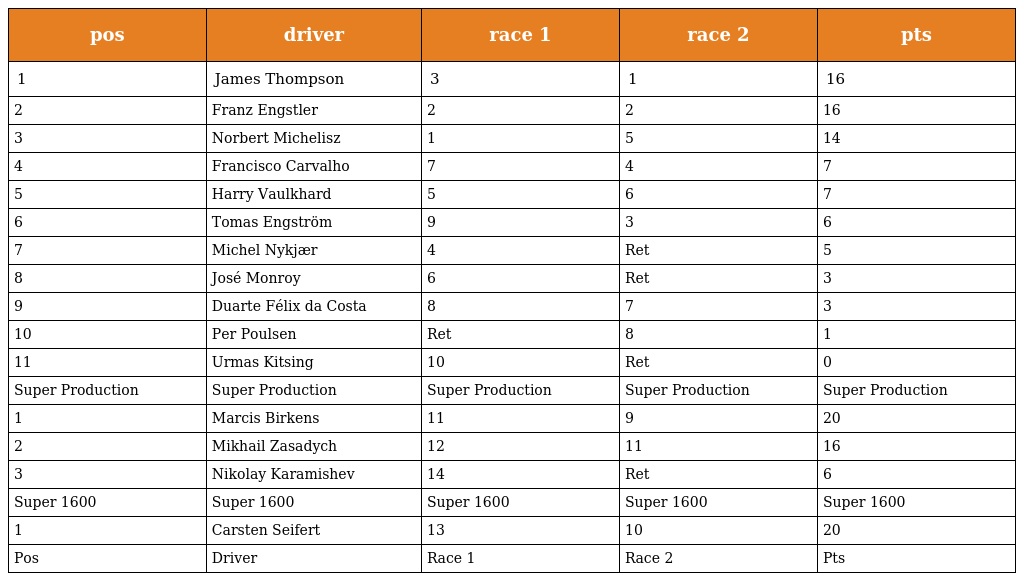
| pos | driver | race 1 | race 2 | pts |
 | --- | --- | --- | --- | --- |
 | 1 | James Thompson | 3 | 1 | 16 |
 | 2 | Franz Engstler | 2 | 2 | 16 |
 | 3 | Norbert Michelisz | 1 | 5 | 14 |
 | 4 | Francisco Carvalho | 7 | 4 | 7 |
 | 5 | Harry Vaulkhard | 5 | 6 | 7 |
 | 6 | Tomas Engström | 9 | 3 | 6 |
 | 7 | Michel Nykjær | 4 | Ret | 5 |
 | 8 | José Monroy | 6 | Ret | 3 |
 | 9 | Duarte Félix da Costa | 8 | 7 | 3 |
 | 10 | Per Poulsen | Ret | 8 | 1 |
 | 11 | Urmas Kitsing | 10 | Ret | 0 |
 | Super Production | Super Production | Super Production | Super Production | Super Production |
 | 1 | Marcis Birkens | 11 | 9 | 20 |
 | 2 | Mikhail Zasadych | 12 | 11 | 16 |
 | 3 | Nikolay Karamishev | 14 | Ret | 6 |
 | Super 1600 | Super 1600 | Super 1600 | Super 1600 | Super 1600 |
 | 1 | Carsten Seifert | 13 | 10 | 20 |
 | Pos | Driver | Race 1 | Race 2 | Pts |